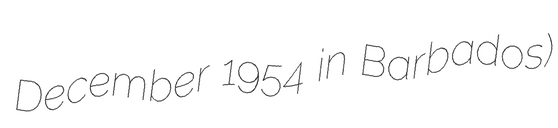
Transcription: December 1954 in Barbados)